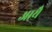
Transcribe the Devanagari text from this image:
आयै